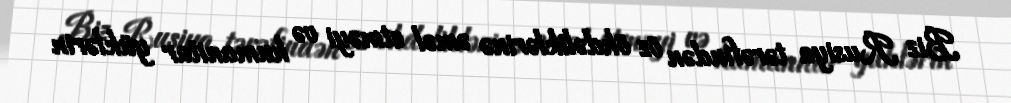
Biz Rusiya tərəfindən öz öhdəliklərinə əməl etməyi və humanitar yüklərin